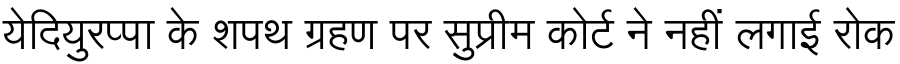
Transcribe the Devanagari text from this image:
येदियुरप्पा के शपथ ग्रहण पर सुप्रीम कोर्ट ने नहीं लगाई रोक